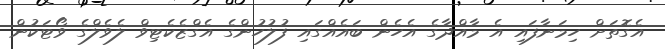
އެގޮތަށް ހިމަނާފައި އެ މާއްދާގެ އެހެން ބައެއްގައި ފުލުހުންގެ އެގްޒެކެޓިވް ލެވެލްގެ ވޯޓަކުން